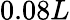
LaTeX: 0.08L